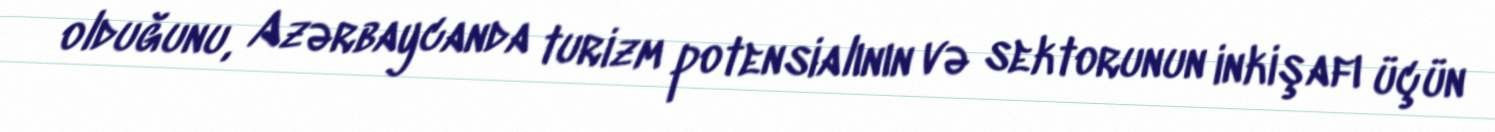
olduğunu, Azərbaycanda turizm potensialının və sektorunun inkişafı üçün